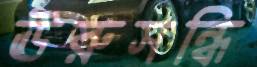
ঊরুসন্ধি